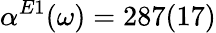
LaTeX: \alpha^{E1}(\omega)=287(17)